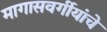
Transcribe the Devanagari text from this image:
मागासवर्गीयांचे